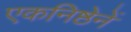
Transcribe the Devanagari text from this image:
एकनिष्ठेनें